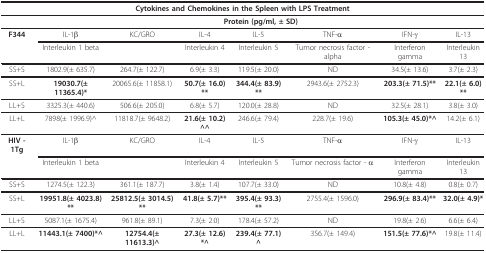
<table><thead><tr><td colspan="8"><b>Cytokines and Chemokines in the Spleen with LPS Treatment</b></td></tr></thead><tbody><tr><td>[EMPTY_CELL]</td><td colspan="7"><b>Protein (pg/ml, ± SD)</b></td></tr><tr><td><b>F344</b></td><td>IL-1β</td><td>KC/GRO</td><td>IL-4</td><td>IL-5</td><td>TNF-α</td><td>IFN-γ</td><td>IL-13</td></tr><tr><td>[EMPTY_CELL]</td><td>Interleukin 1 beta</td><td>[EMPTY_CELL]</td><td>Interleukin 4</td><td>Interleukin 5</td><td>Tumor necrosis factor - alpha</td><td>Interferon gamma</td><td>Interleukin 13</td></tr><tr><td>SS+S</td><td>1802.9(± 635.7)</td><td>264.7(± 122.7)</td><td>6.9(± 3.3)</td><td>119.5(± 20.0)</td><td>ND</td><td>34.5(± 13.6)</td><td>3.7(± 2.3)</td></tr><tr><td>SS+L</td><td><b>19030.7(± 11365.4)*</b></td><td>20065.6(± 11858.1)</td><td><b>50.7(± 16.0)**</b></td><td><b>344.4(± 83.9)**</b></td><td>2943.6(± 2752.3)</td><td><b>203.3(± 71.5)**</b></td><td><b>22.1(± 6.0)**</b></td></tr><tr><td>LL+S</td><td>3325.3(± 440.6)</td><td>506.6(± 205.0)</td><td>6.8(± 5.7)</td><td>120.0(± 28.8)</td><td>ND</td><td>32.5(± 28.1)</td><td>3.8(± 3.0)</td></tr><tr><td>LL+L</td><td>7898(± 1996.9)^</td><td>11818.7(± 9648.2)</td><td><b>21.6(± 10.2)^^</b></td><td>246.6(± 79.4)</td><td>228.7(± 19.6)</td><td><b>105.3(± 45.0)*^</b></td><td>14.2(± 6.1)</td></tr><tr><td><b>HIV - 1Tg</b></td><td>IL-1β</td><td>KC/GRO</td><td>IL-4</td><td>IL-5</td><td>TNF-α</td><td>IFN-γ</td><td>IL-13</td></tr><tr><td>[EMPTY_CELL]</td><td>Interleukin 1 beta</td><td>[EMPTY_CELL]</td><td>Interleukin 4</td><td>Interleukin 5</td><td>Tumor necrosis factor - α</td><td>Interferon gamma</td><td>Interleukin 13</td></tr><tr><td>SS+S</td><td>1274.5(± 122.3)</td><td>361.1(± 187.7)</td><td>3.8(± 1.4)</td><td>107.7(± 33.0)</td><td>ND</td><td>10.8(± 4.8)</td><td>0.8(± 0.7)</td></tr><tr><td>SS+L</td><td><b>19951.8(± 4023.8)**</b></td><td><b>25812.5(± 3014.5)**</b></td><td><b>41.8(± 5.7)**</b></td><td><b>395.4(± 93.3)**</b></td><td>2755.4(± 1596.0)</td><td><b>296.9(± 83.4)**</b></td><td><b>32.0(± 4.9)*</b></td></tr><tr><td>LL+S</td><td>5087.1(± 1675.4)</td><td>961.8(± 89.1)</td><td>7.3(± 2.0)</td><td>178.4(± 57.2)</td><td>ND</td><td>19.8(± 2.6)</td><td>6.6(± 6.4)</td></tr><tr><td>LL+L</td><td><b>11443.1(± 7400)*^</b></td><td><b>12754.4(± 11613.3)^</b></td><td><b>27.3(± 12.6)*^</b></td><td><b>239.4(± 77.1)^</b></td><td>356.7(± 149.4)</td><td><b>151.5(± 77.6)*^</b></td><td>19.8(± 11.4)</td></tr></tbody></table>